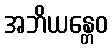
အဘိယန္တေဝ